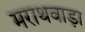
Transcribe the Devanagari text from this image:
मराथवाड़ा